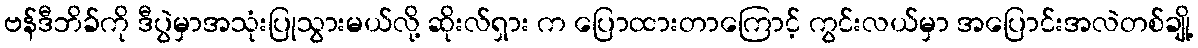
ဗန်ဒီဘိခ်ကို ဒီပွဲမှာအသုံးပြုသွားမယ်လို့ ဆိုးလ်ရှား က ပြောထားတာကြောင့် ကွင်းလယ်မှာ အပြောင်းအလဲတစ်ချို့